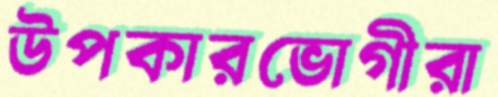
উপকারভোগীরা